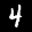
Label: 4